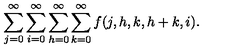
\sum _ { j = 0 } ^ { \infty } \sum _ { i = 0 } ^ { \infty } \sum _ { h = 0 } ^ { \infty } \sum _ { k = 0 } ^ { \infty } f ( j , h , k , h + k , i ) .